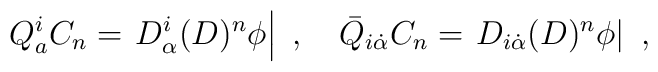
Q_{a}^{i}C_{n}=\left.  D_{\alpha}^{i}(D)^{n}{\phi}\right|  \ ,\quad{\bar{Q}}_{i{\dot{\alpha}}}C_{n}=\left.D_{i{\dot{\alpha}}}(D)^{n}{\phi}\right|\ ,